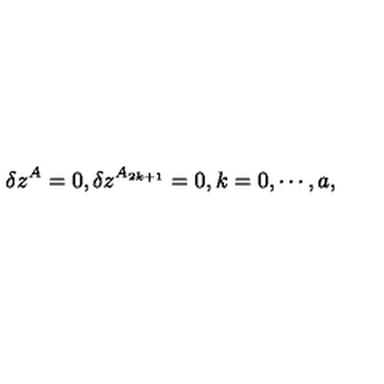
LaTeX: \delta z ^ { A } = 0 , \delta z ^ { A _ { 2 k + 1 } } = 0 , k = 0 , \cdots , a ,